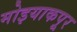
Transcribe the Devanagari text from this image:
मोइयाकपूर